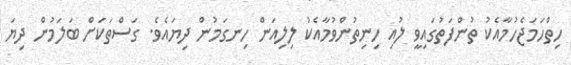
ހިތްހަމަޖެހުމާއެކު ތުންފަތުގައިވީ ލުއި ހިނިތުންވުމާއެކު ލިލިއަން ހިނގަމުން ދިޔައެވެ. ގަސްތަކަށް ބަލަމުން ދިޔަ